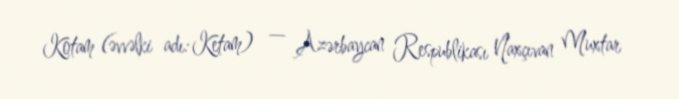
Kotam (əvvəlki adı: Ketam) — Azərbaycan Respublikası Naxçıvan Muxtar